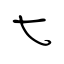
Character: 七